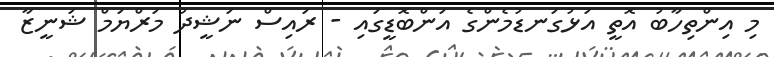
މި އިންތިހާބު އޮތީ އަޅުގަނޑުމެންގެ އަންބޮޑީގައި - ރައިސް ނަޝީދު މަރްޔަމް ޝަނީޒާ